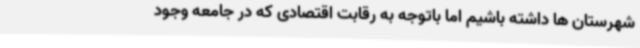
شهرستان ها داشته باشیم اما باتوجه به رقابت اقتصادی که در جامعه وجود